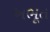
અભૂત